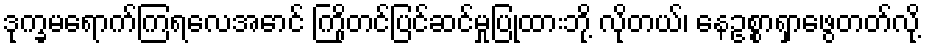
ဒုက္ခမရောက်ကြရလေအောင် ကြိုတင်ပြင်ဆင်မှုပြုထားဘို့ လိုတယ်၊ နေဥစ္စာရှာဖွေတတ်လို့